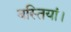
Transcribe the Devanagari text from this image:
बस्तियां।